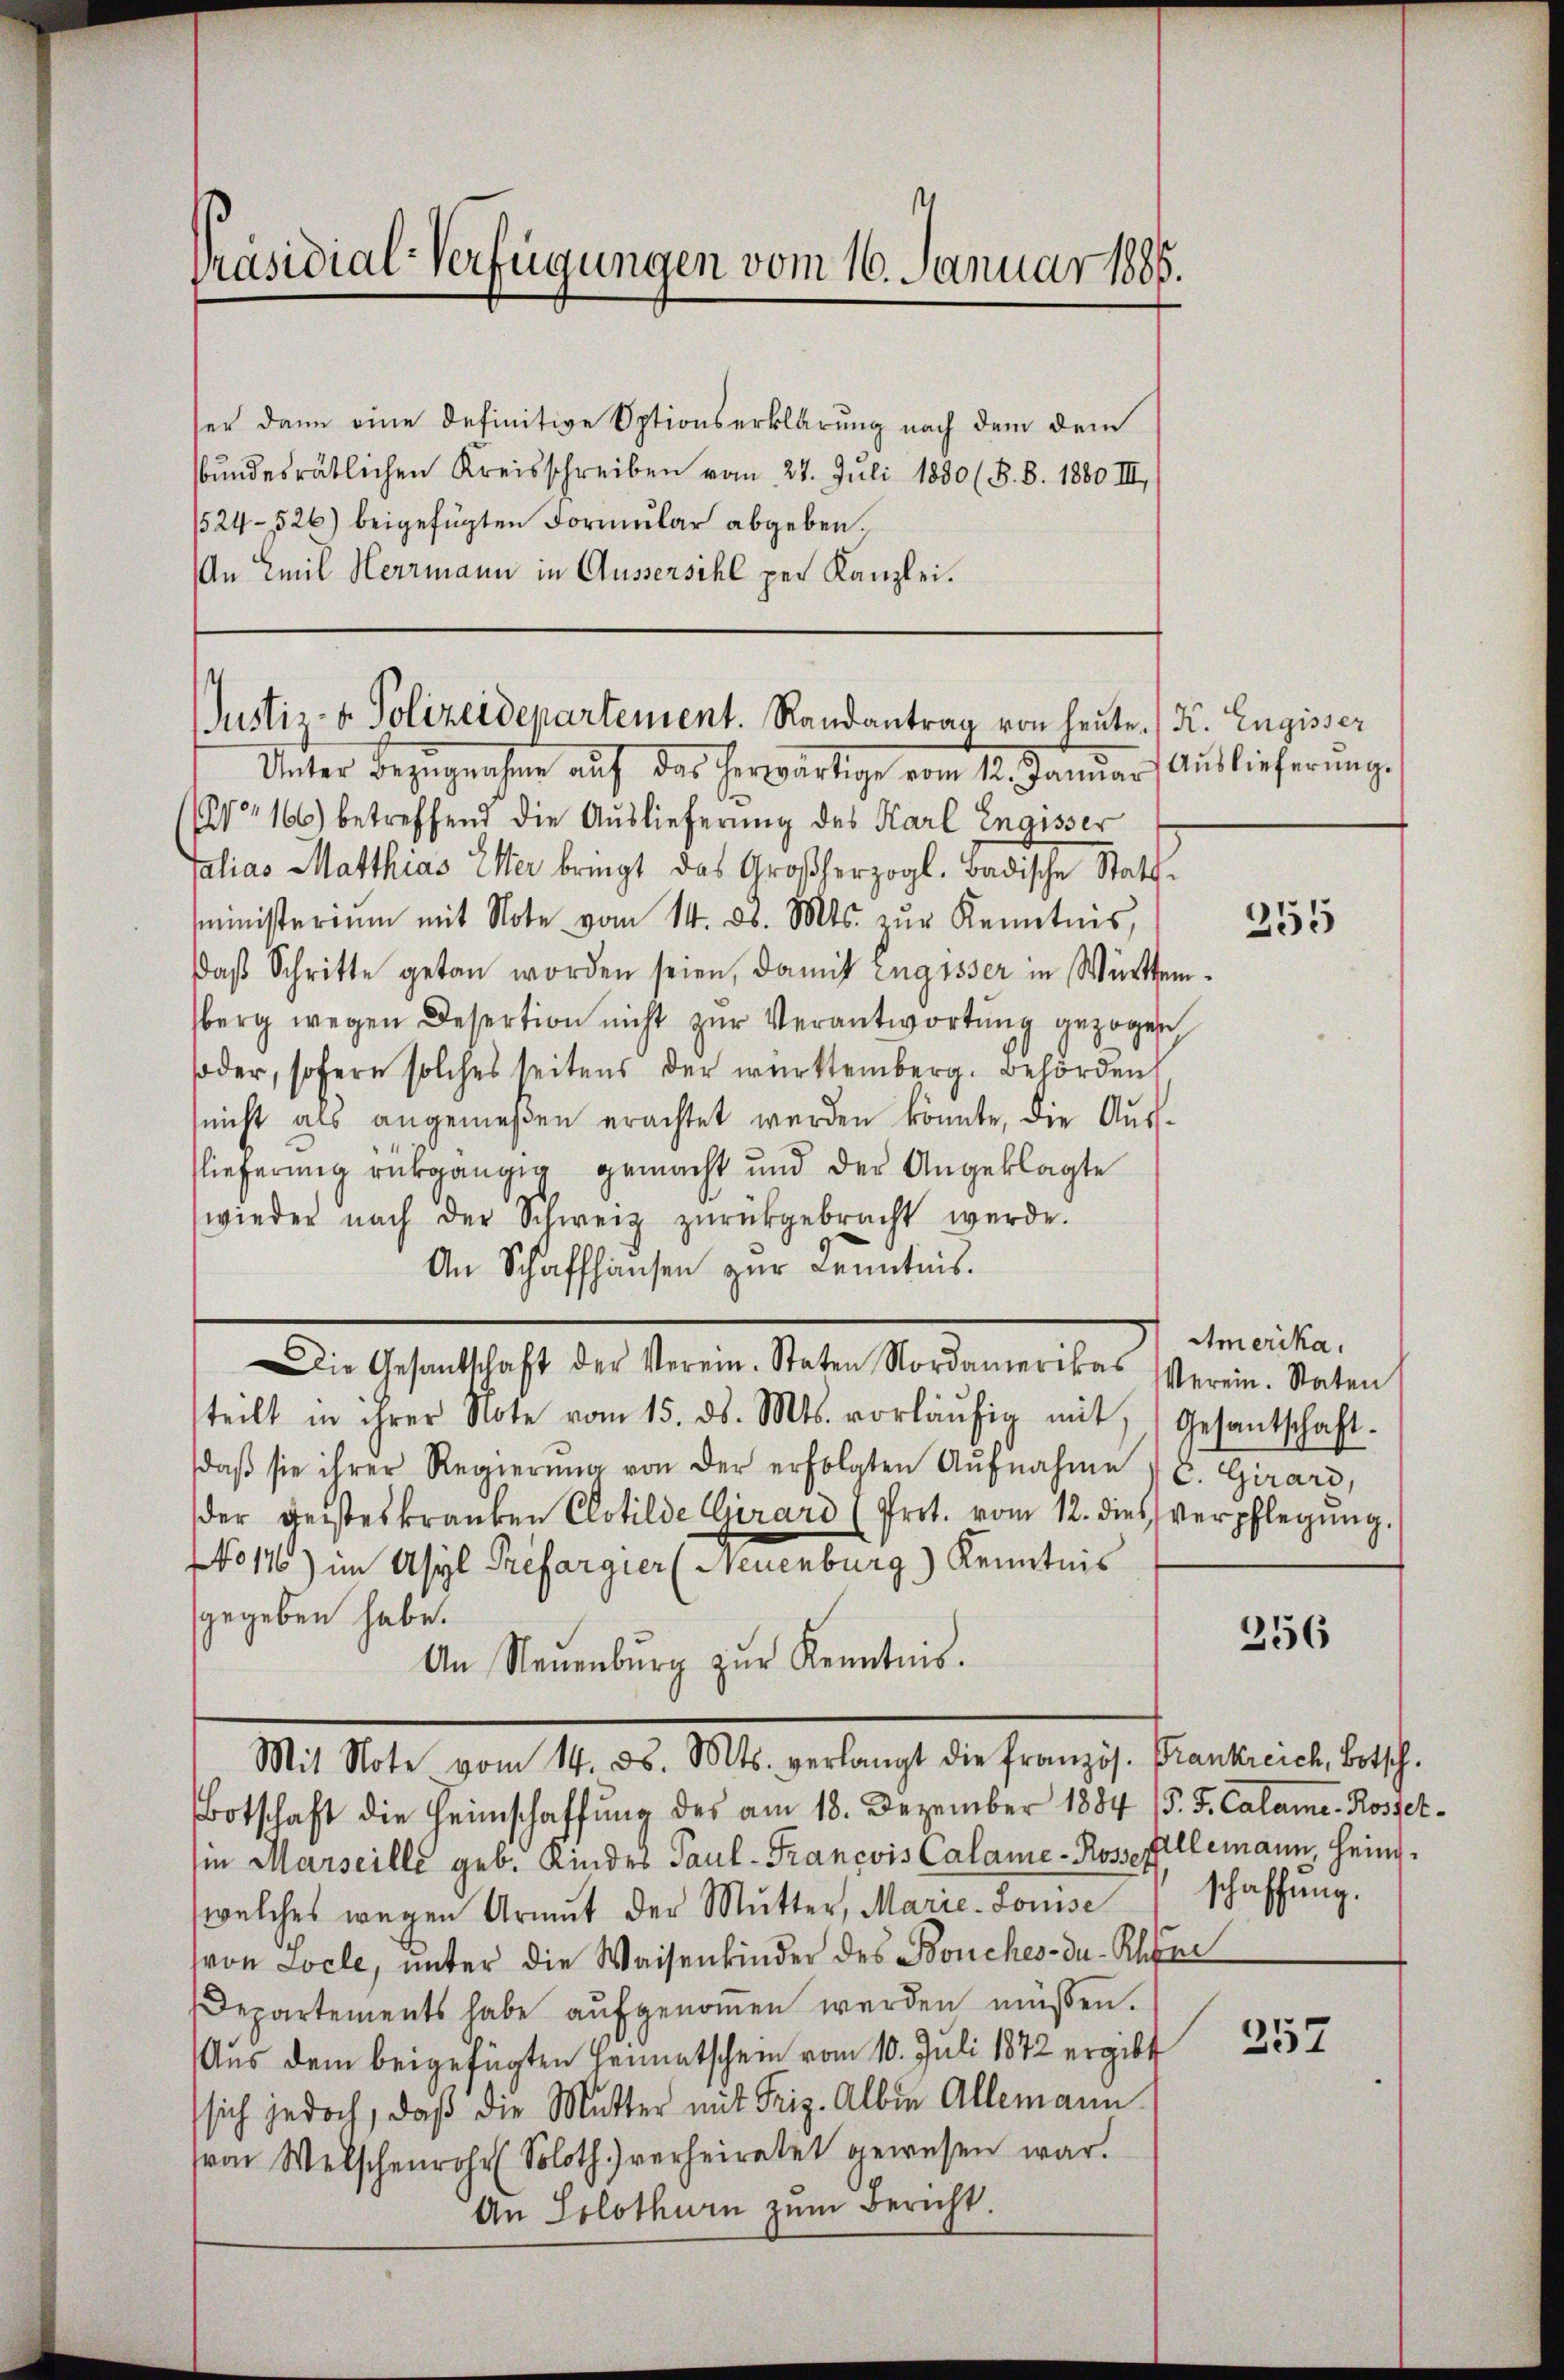
Präsidial-Verfügungen vom 16. Januar 1885.

ser dann eine definitive Optionserklärung nach dem dem
bŭndesrätlichen Kreisschreiben vom 27. Juli 1850 (§. 8. 1880 III,
1524-526) beigefügten Formular abgeben.
An Emil Herrmann in Aussersihl per Kanzlei.

Justiz- & Polizeidepartement. Randantrag von heute. (K. Engisser

Unter Bezugnahme auf das herwärtige vom 12. Januar Auslieferŭng.
(W 166) betreffend die Auslieferung des Karl Engisser
falias Matthias Ester bringt das Großherzogl. Badische Statt-
ministerium mit Note vom 14. d. Mts. zŭr Kenntnis,
Daβ Schritte getan worden seien, damit zugisser in Württemsberg wegen Desertion nicht zur Verantwortung gezogen
soder, sofern solches seitens der württemberg. Behörden
(nicht als angemeßen erachtet werden könnte, die Aŭs-
lieferung rückgängig gemacht und der Angeklagte
wieder nach der Schweiz zŭrückgebracht werde.
An Schaffhausen zur Kenntnis.
Die Gesantschaft der Verein. Staten Nordamerikas Verein. Staten
teilt in ihrer Note vom 15. ds. Mts. vorläŭfig mit
daβ sie ihrer Regierŭng von der erfolgten Aŭfnahme E. Girard,
der Geisteskranken Clotilde Girard (Prot. vom 12. dies verpflegŭng.
No 116) im Asyl Prefargier (Neuenburg) Kenntnis
gegeben habe.
An Neuenburg zŭr Kenntnis.
Mit Note vom 14. d. Mts. verlangt die französ. Frankreich, Botsch.
Botschaft die Heimschaffung des am 18. Dezember 1884 (s. S. Calame. Rosselii Marseille geb. Kindes Paul -Francois Calame-Rosse fallemann, Heinwelches wegen Armut der Mutter, Marie-Louise
von Locle, unter die Waisenkinder des Bouches-du-Rhae
Departements habe aŭfgenommen werden müssen.
Aus dem beigefügten Heimatschein vom 10. Juli 1872 ergibt
sich jedoch, daß die Mutter mit Friz. Albin Allemann
(von Welschenrohr (Soloth.) verheiratet gewesen war.
An Solothurn zum Bericht.

255

Amerika.
Gesantschaft.

256

schaffung.

257